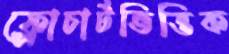
ফ্লোচার্টভিত্তিক